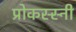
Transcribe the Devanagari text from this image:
प्रोकस्स्नी